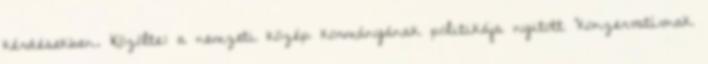
kérdésekben. Közölte: a nemzeti közép kormányának politikája nyitott "konzervatívnak